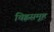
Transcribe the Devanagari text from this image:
चिह्नसमूह